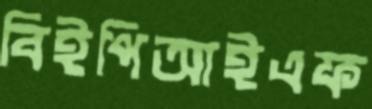
বিইপিআইএফ